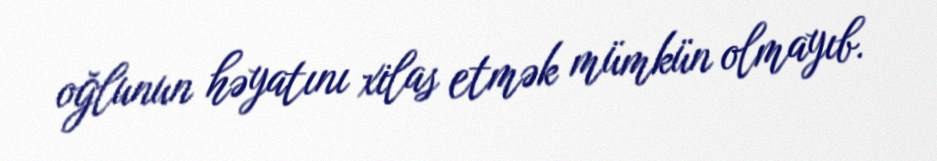
oğlunun həyatını xilas etmək mümkün olmayıb.